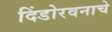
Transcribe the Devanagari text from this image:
दिंडोरवनाचे